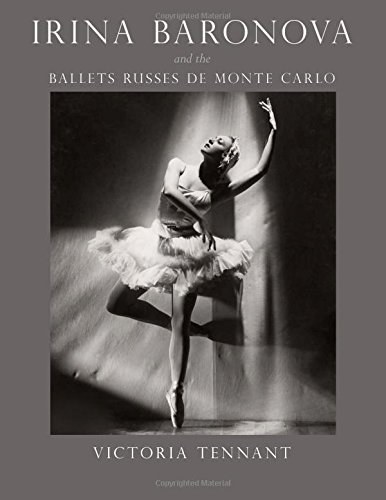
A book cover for Irina Baronova and the Ballets Russes de Monte Carlo; Victoria Tennant; Biographies & Memoirs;